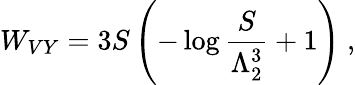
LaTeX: W_{VY}=3S\left(-\log{\frac{S}{\Lambda_{2}^{3}}}+1\right)\ ,